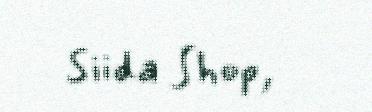
Siida Shop,